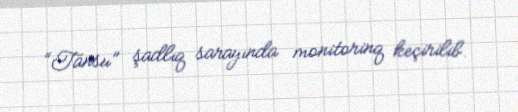
“Tansu” şadlıq sarayında monitorinq keçirilib.